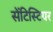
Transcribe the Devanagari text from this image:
सेंटिस्टियर